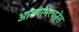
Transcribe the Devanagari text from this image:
आख्यानरचनेस